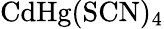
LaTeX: \mathrm{CdHg(SCN)_{4}}